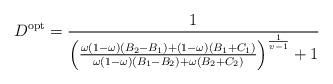
LaTeX: \begin{align*}{D^{{\rm{opt}}}} = \frac{1}{{{{\left( {\frac{{\omega \left( {1 - \omega } \right)\left( {{B_2} - {B_1}} \right) + \left( {1 - \omega } \right)\left( {{B_1} + {C_1}} \right)}}{{\omega \left( {1 - \omega } \right)\left( {{B_1} - {B_2}} \right) + \omega \left( {{B_2} + {C_2}} \right)}}} \right)}^{\frac{1}{{v - 1}}}} + 1}}\end{align*}